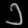
Digit: ၁